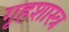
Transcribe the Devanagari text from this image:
गृहशास्त्र